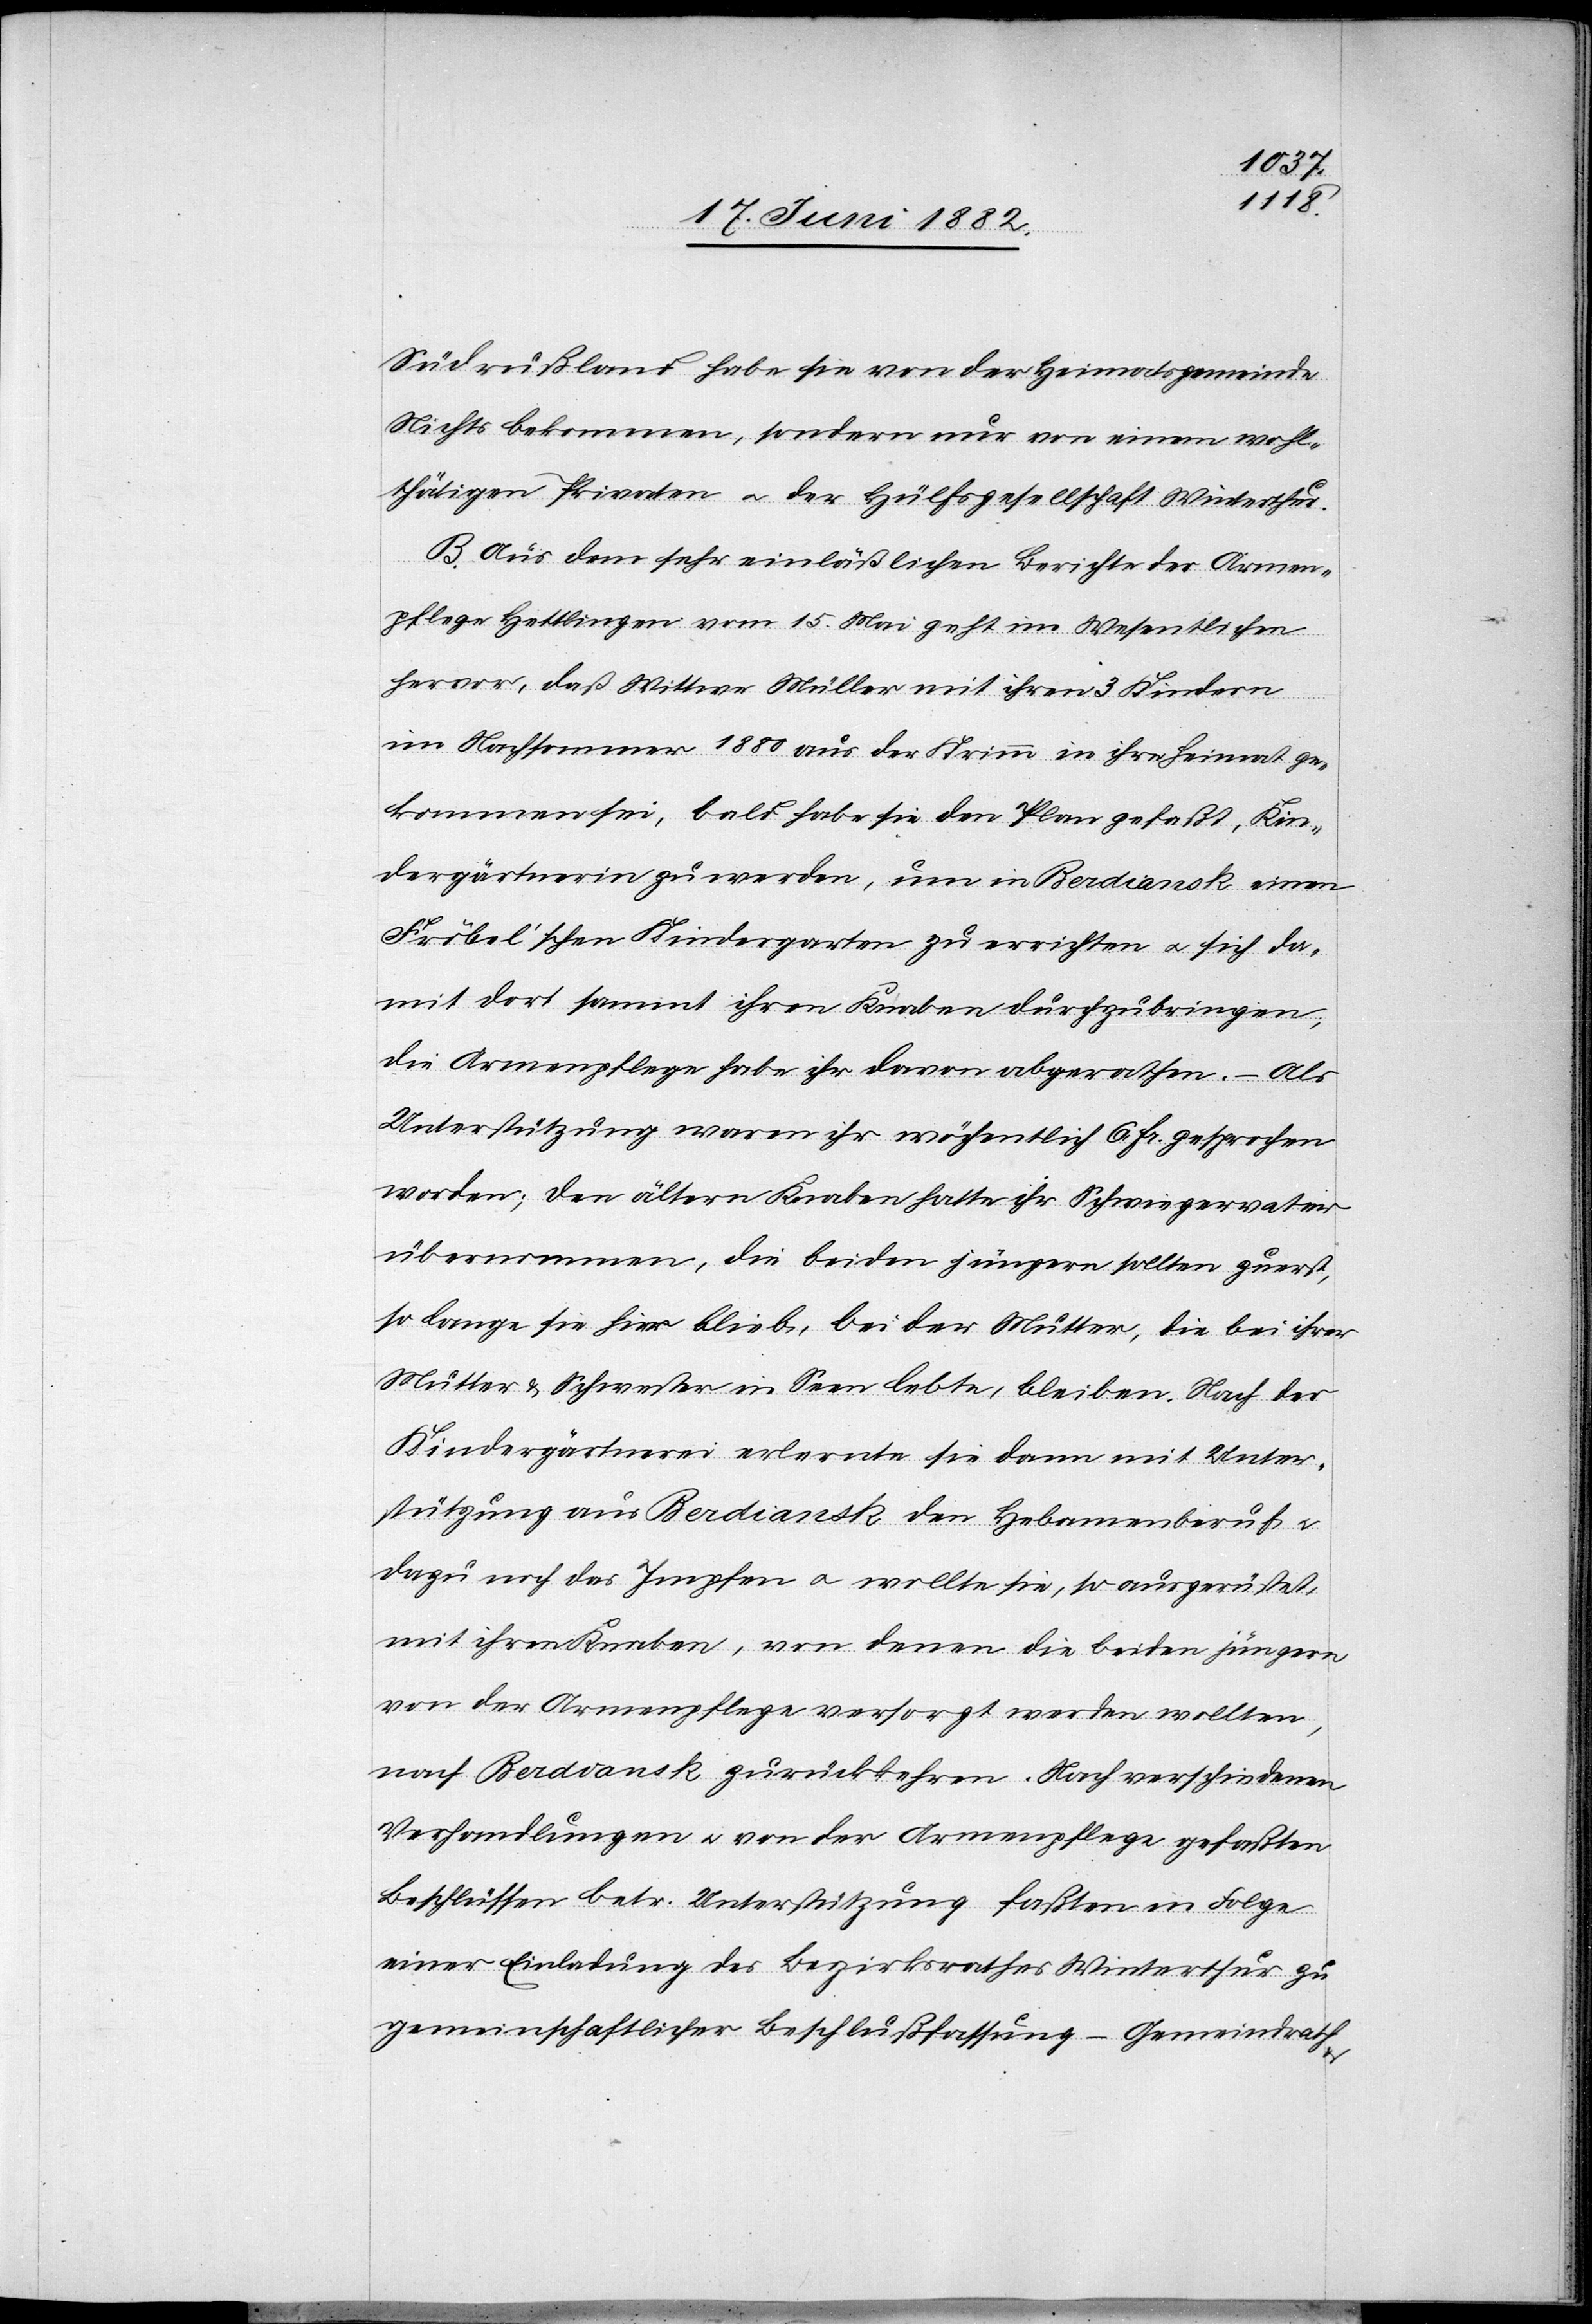
Südrußland habe sie von der Heimatsgemeinde
Nichts bekommen, sondern nur von einem wohl¬
thätigen Privaten u. der Hülfsgesellschaft Winterthur.
B. Aus dem sehr einläßlichen Berichte der Armen¬
pflege Hettlingen vom 15. Mai geht im Wesentlichen
hervor, daß Wittwe Müller mit ihren 3 Kindern
im Nachsommer 1880 aus der Krimm in ihre Heimat ge¬
kommen sei, bald habe sie den Plan gefaßt, Kin¬
dergärtnerin zu werden, um in Berdiansk einen
Fröbel’schen Kindergarten zu errichten u. sich da¬
mit dort sammt ihren Knaben durchzubringen,
die Armenpflege habe ihr davon abgerathen. – Als
Unterstützung waren ihr wöchentlich 6 Fr. gesprochen
worden; den ältern Knaben hatte ihr Schwiegervater
übernommen, die beiden jüngern sollten zuerst,
so lange sie hier bleibe, bei der Mutter, die bei ihrer
Mutter & Schwester in Seen lebte, bleiben. Nach der
Kindergärtnerei erlernte sie dann mit Unter¬
stützung aus Berdiansk den Hebam[m]enberuf u.
dazu noch das Impfen u. wollte sie, so ausgerüstet,
mit ihren Knaben, von denen die beiden jüngern
von der Armenpflege versorgt werden wollten,
nach Berdiansk zurückkehren. Nach verschiedenen
Verhandlungen u. von der Armenpflege gefaßten
Beschlüssen betr. Unterstützung faßten [–] in Folge
einer Einladung des Bezirksrathes Winterthur zu
gemeinschaftlicher Beschlußfassung – Gemeindrath